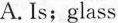
A. Is; glass